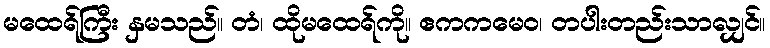
မထေရ်ကြီး နှမသည်။ တံ၊ ထိုမထေရ်ကို။ ဧကကမေဝ၊ တပါးတည်းသာလျှင်။